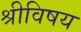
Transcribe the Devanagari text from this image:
श्रीविषय